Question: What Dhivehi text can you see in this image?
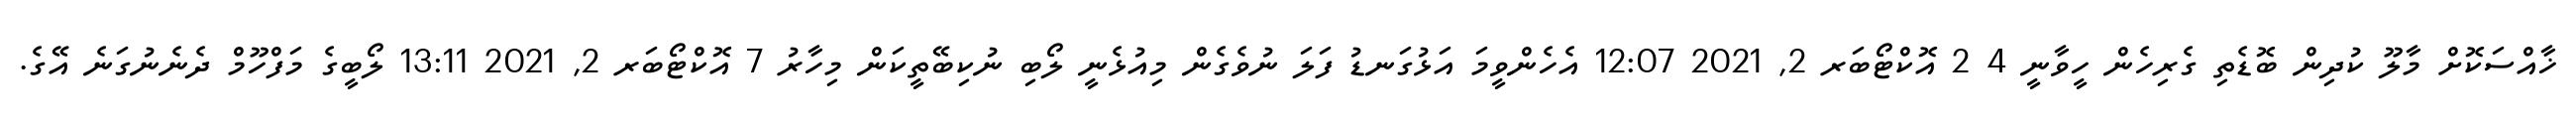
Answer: ޚާއްސަކޮށް މާލޫ ކުދިން ބޮޑެތި ގެރިހެން ހީވާނީ 4 2 އޮކްޓޯބަރ 2, 2021 12:07 އެހެންވީމަ އަޅުގަނޑު ފަލަ ނުވެގެން މިއުޅެނީ ލޯބި ނުކިބޭތީކަން މިހާރު 7 އޮކްޓޯބަރ 2, 2021 13:11 ލޯބީގެ މަފްހޫމް ދެނެނުގަނެ އޭގެ.